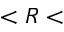
< R <